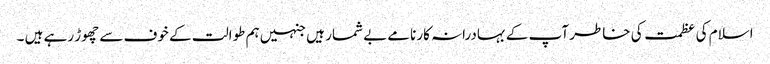
اسلام کی عظمت کی خاطر آپ کے بہادرانہ کارنامے بے شمار ہیں جنہیں ہم طوالت کے خوف سے چھوڑ رہے ہیں ۔